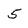
Character: 5